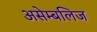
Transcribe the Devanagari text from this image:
असेम्बलिज